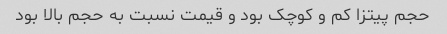
حجم پیتزا کم و کوچک بود و قیمت نسبت به حجم بالا بود